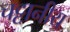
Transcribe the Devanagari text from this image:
चट्टानीय